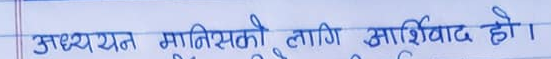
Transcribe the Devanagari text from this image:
अध्ययन मानिसको लागि आशिर्वाद हो ।